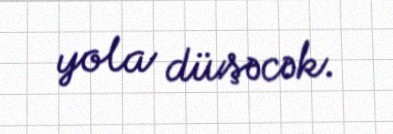
yola düşəcək.